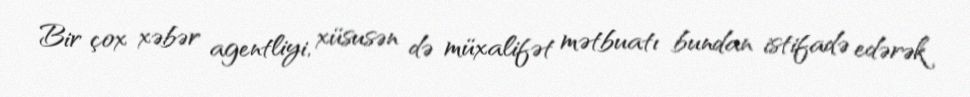
Bir çox xəbər agentliyi, xüsusən də müxalifət mətbuatı bundan istifadə edərək